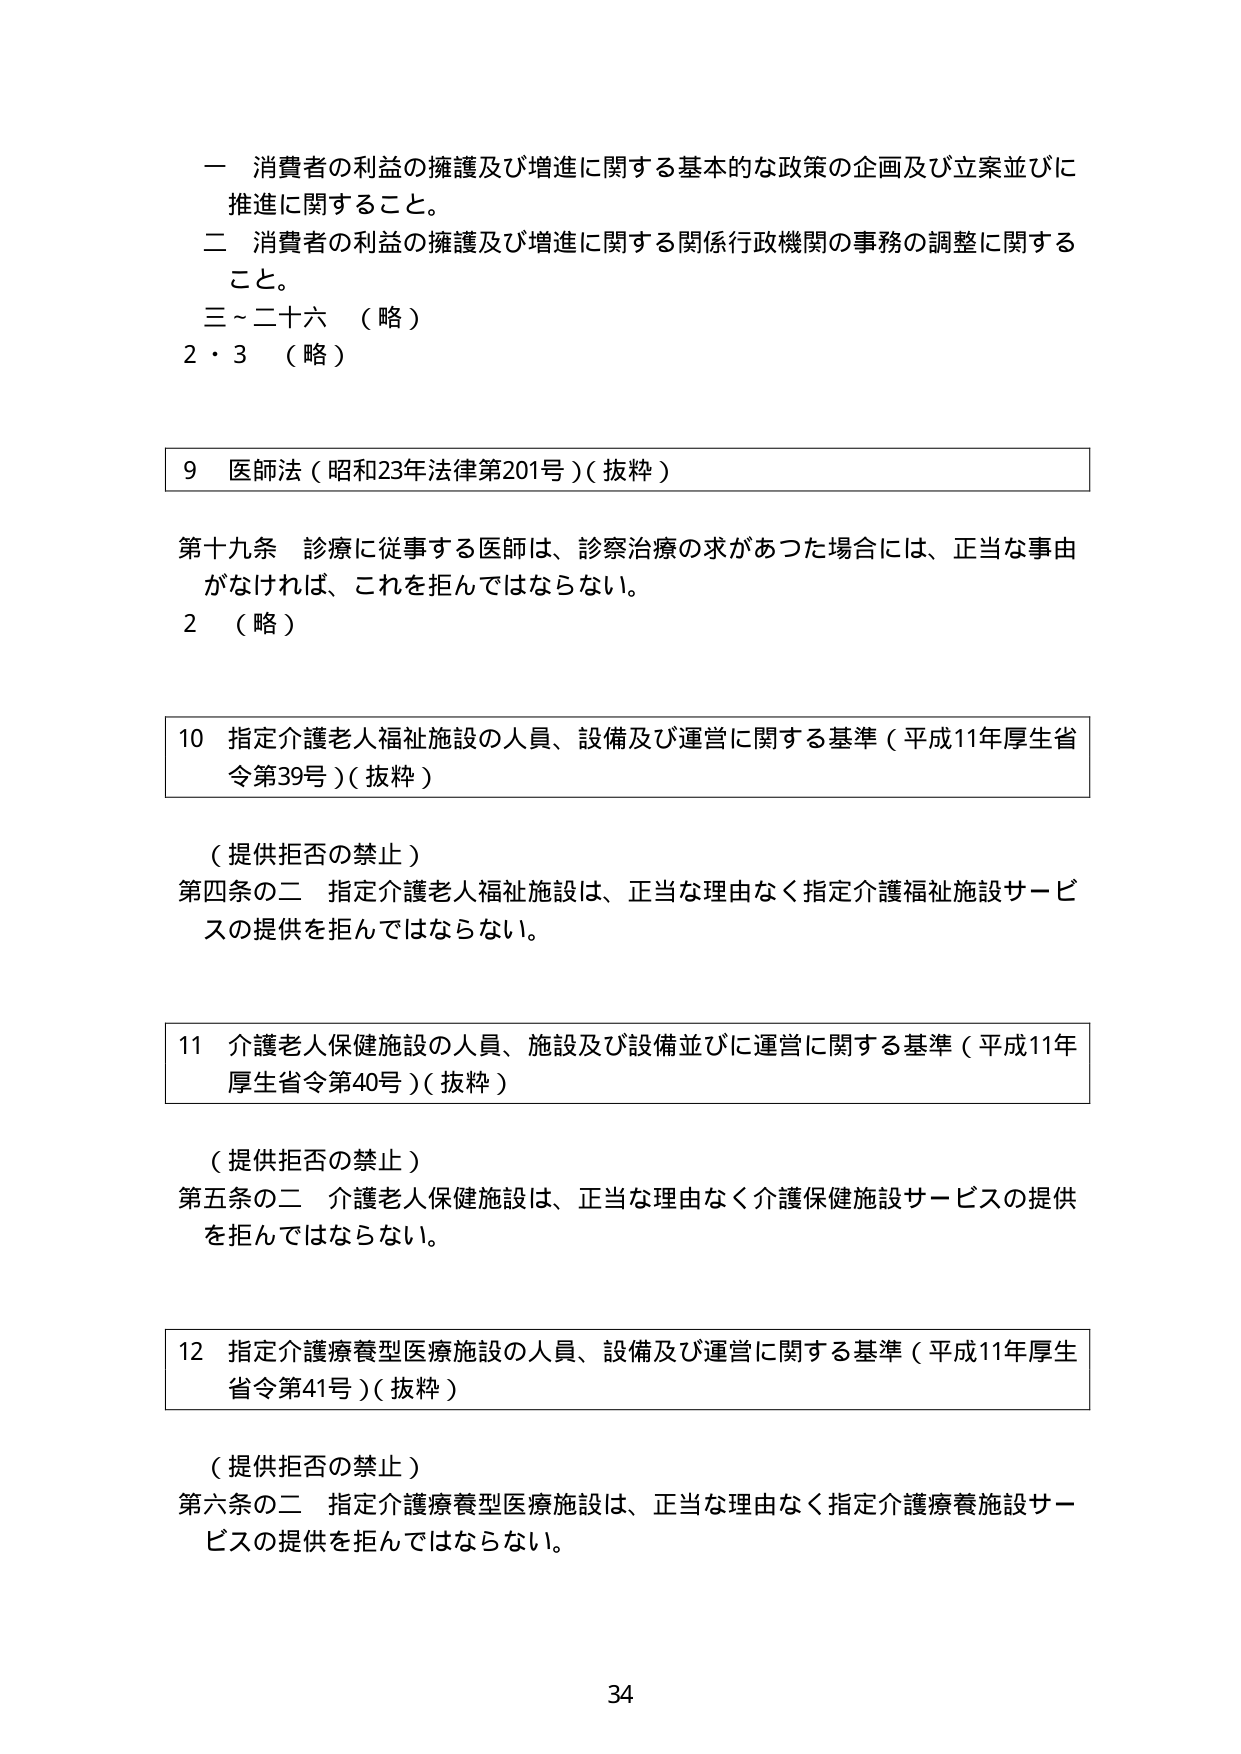
一 消費者の利益の擁護及び増進に関する基本的な政策の企画及び立案並びに推進に関すること。
二 消費者の利益の擁護及び増進に関する関係行政機関の事務の調整に関すること。
三～二十六 （略）
2・3 （略）

9 医師法（昭和23年法律第201号）（抜粋）
第十九条 診療に従事する医師は、診察治療の求があつた場合には、正当な事由がなければ、これを拒んではならない。
2 （略）

10 指定介護老人福祉施設の人員、設備及び運営に関する基準（平成11年厚生省令第39号）（抜粋）
（提供拒否の禁止）
第四条の二 指定介護老人福祉施設は、正当な理由なく指定介護福祉施設サービスの提供を拒んではならない。

11 介護老人保健施設の人員、施設及び設備並びに運営に関する基準（平成11年厚生省令第40号）（抜粋）
（提供拒否の禁止）
第五条の二 介護老人保健施設は、正当な理由なく介護保健施設サービスの提供を拒んではならない。

12 指定介護療養型医療施設の人員、設備及び運営に関する基準（平成11年厚生省令第41号）（抜粋）
（提供拒否の禁止）
第六条の二 指定介護療養型医療施設は、正当な理由なく指定介護療養施設サービスの提供を拒んではならない。

34